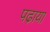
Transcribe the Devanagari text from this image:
पढा़या